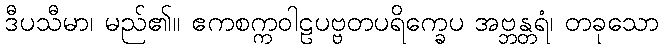
ဒီပသီမာ၊ မည်၏။ ဧကစက္ကဝါဠပဗ္ဗတပရိက္ခေပ အဗ္ဘန္တရံ၊ တခုသော